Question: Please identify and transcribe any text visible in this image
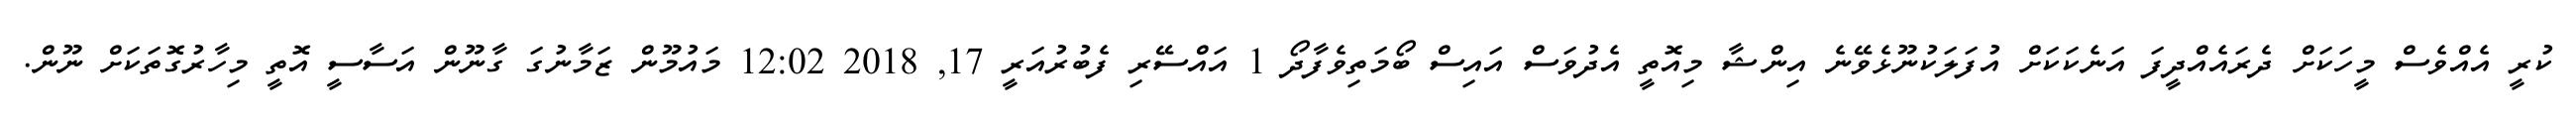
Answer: ކުރީ އެއްވެސް މީހަކަށް ދެރައެއްދީފަ އަނެކަކަށް އުފަލަކުނޫޅެވޭނެ އިންޝާ މިއޮތީ އެދުވަސް އައިސް ބޯމަތިވެފާދޯ 1 އައްސޭރި ފެބުރުއަރީ 17, 2018 12:02 މައުމޫން ޒަމާނުގަ ގާނޫން އަސާސީ އޮތީ މިހާރުގޮތަކަށް ނޫން.